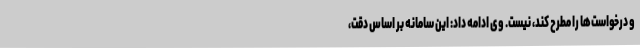
و درخواست‌ها را مطرح کند، نیست. وی ادامه داد: این سامانه بر اساس دقت،